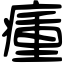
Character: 瘇